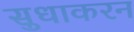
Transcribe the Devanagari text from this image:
सुधाकरन